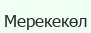
Мерекекөл